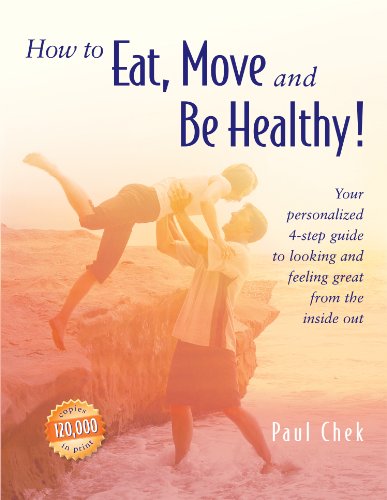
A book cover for How to Eat, Move and Be Healthy!; Paul Chek; Health, Fitness & Dieting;